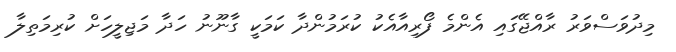
މިދުވަސްވަރު ރާއްޖޭގައި އެންމެ ފޯރިއާއެކު ކުރަމުންދާ ކަމަކީ ގާނޫނު ހަދާ މަޖިލީހަށް ކުރިމަތިލާ